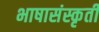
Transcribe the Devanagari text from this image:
भाषासंस्कृती